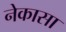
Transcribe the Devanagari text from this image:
नेकासा